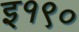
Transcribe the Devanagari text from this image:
इ१९०